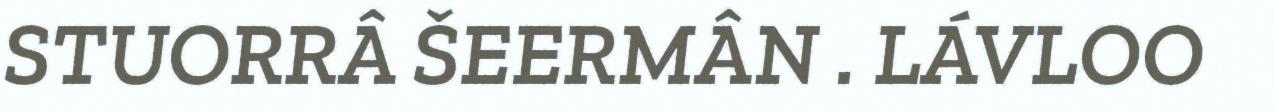
STUORRÂ ŠEERMÂN . LÁVLOO